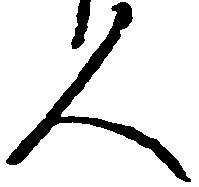
人